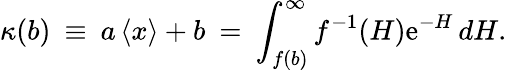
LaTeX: \kappa(b)\: \equiv\: a\left\langle{x}\right\rangle+b\: =\: \int_{f(b)}^{\infty}f^{-1}(H)\mathrm{e}^{-H}\, dH.